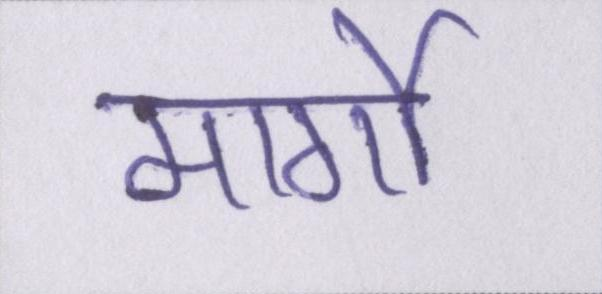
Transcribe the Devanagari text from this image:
मार्गो